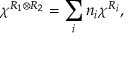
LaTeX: \chi ^ { R _ { 1 } \otimes R _ { 2 } } = \sum _ { i } n _ { i } \chi ^ { R _ { i } } ,